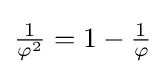
{\tfrac {1}{\varphi ^{2}}}=1-{\tfrac {1}{\varphi }}